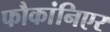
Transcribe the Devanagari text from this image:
फौकांनिएर